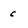
Character: c